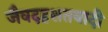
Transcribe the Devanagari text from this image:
जैवदहशतवादी